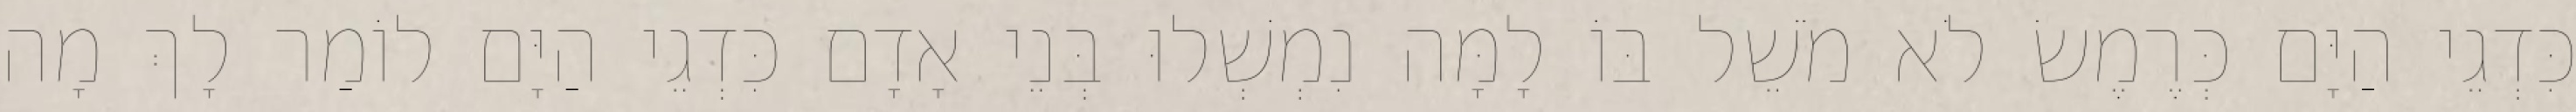
כִּדְגֵי הַיָּם כְּרֶמֶשׂ לֹא מֹשֵׁל בּוֹ לָמָּה נִמְשְׁלוּ בְּנֵי אָדָם כִּדְגֵי הַיָּם לוֹמַר לָךְ מָה